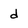
Character: d